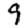
Digit: 9